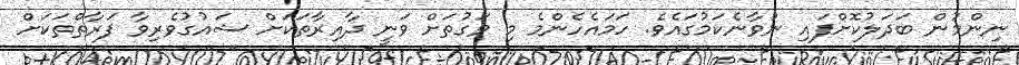
ނިންމުން ބަދަލުކޮށްފައި ނުވާނެކަމުގައެވެ. ހަމައެހެންމެ މި ވަގުތަށް ވަނީ ދާއިރާތަކަށް ޝައުގުވެރިވާ ފަރާތްތަކަށް